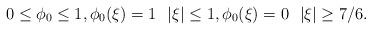
LaTeX: \begin{align*}0 \leq \phi_0 \leq 1,\phi_0(\xi) = 1\ {}\ |\xi| \leq1,\phi_0(\xi) = 0\ {}\ |\xi| \geq 7/6.\end{align*}